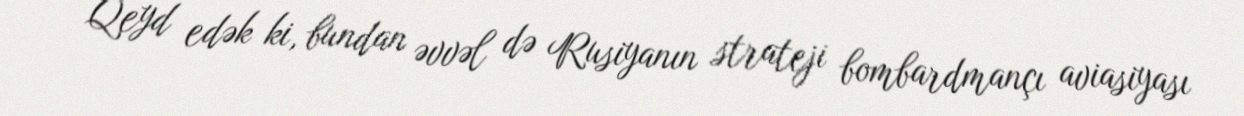
Qeyd edək ki, bundan əvvəl də Rusiyanın strateji bombardmançı aviasiyası